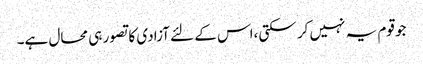
جو قوم یہ نہیں کر سکتی،اس کے لئے آزادی کا تصور ہی محال ہے۔